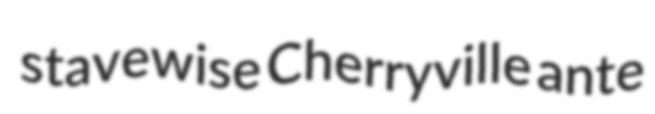
stavewise Cherryville ante